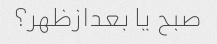
صبح یا بعدازظهر؟